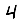
Digit: 4